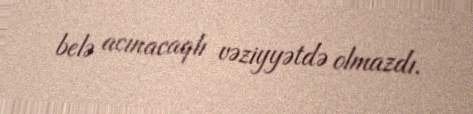
belə acınacaqlı vəziyyətdə olmazdı.